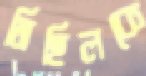
মিছিলকে